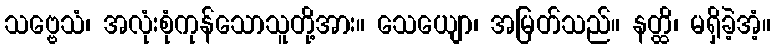
သဗ္ဗေသံ၊ အလုံးစုံကုန်သောသူတို့အား။ သေယျော၊ အမြတ်သည်။ နတ္ထိ၊ မရှိခဲ့အံ့။